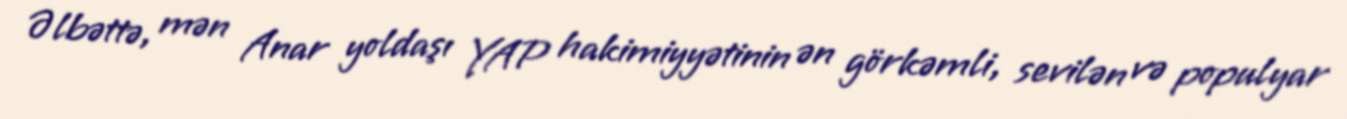
Əlbəttə, mən Anar yoldaşı YAP hakimiyyətinin ən görkəmli, sevilən və populyar